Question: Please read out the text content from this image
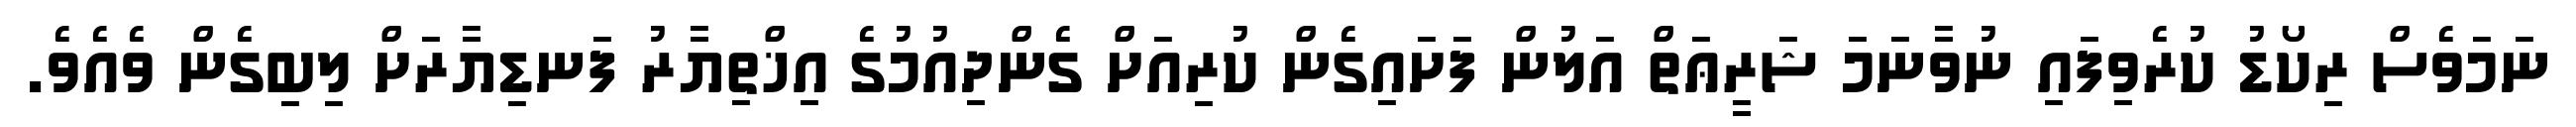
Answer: ނަމަވެސް ރިކޯޑު ކުރެވިފައި ނުވާނަމަ ޝަރީޢަތް އަލުން ފަށައިގެން ކުރިއަށް ގެންދިއުމުގެ އިޚްތިޔާރު ފަނޑިޔާރަށް ލިބިގެން ވެއެވެ.